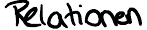
Relationen